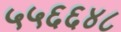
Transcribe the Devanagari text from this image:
५५६६४८